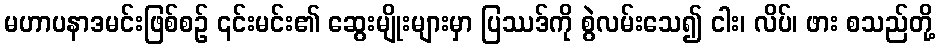
မဟာပနာဒမင်းဖြစ်စဉ် ၎င်းမင်း၏ ဆွေးမျိုးများမှာ ပြဿဒ်ကို စွဲလမ်းသေ၍ ငါး၊ လိပ်၊ ဖား စသည်တို့